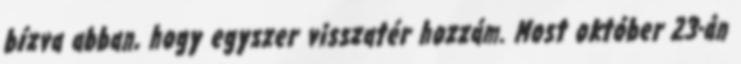
bízva abban, hogy egyszer visszatér hozzám. Most október 23-án